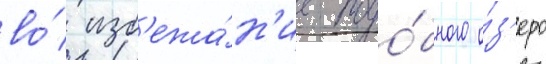
во́ изб'ежа́н'ие подо́бного о́з'еро